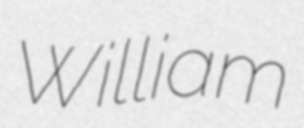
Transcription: William